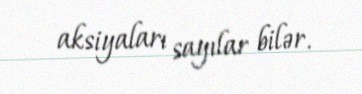
aksiyaları sayılar bilər.